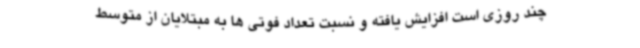
چند روزی است افزایش یافته و نسبت تعداد فوتی ها به مبتلایان از متوسط